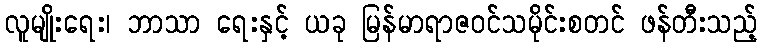
လူမျိုးရေး၊ ဘာသာ ရေးနှင့် ယခု မြန်မာရာဇဝင်သမိုင်းစတင် ဖန်တီးသည့်